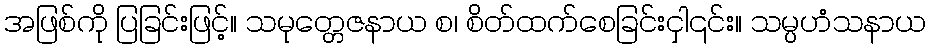
အဖြစ်ကို ပြခြင်းဖြင့်။ သမုတ္တေဇနာယ စ၊ စိတ်ထက်စေခြင်းငှါ၎င်း။ သမ္ပဟံသနာယ